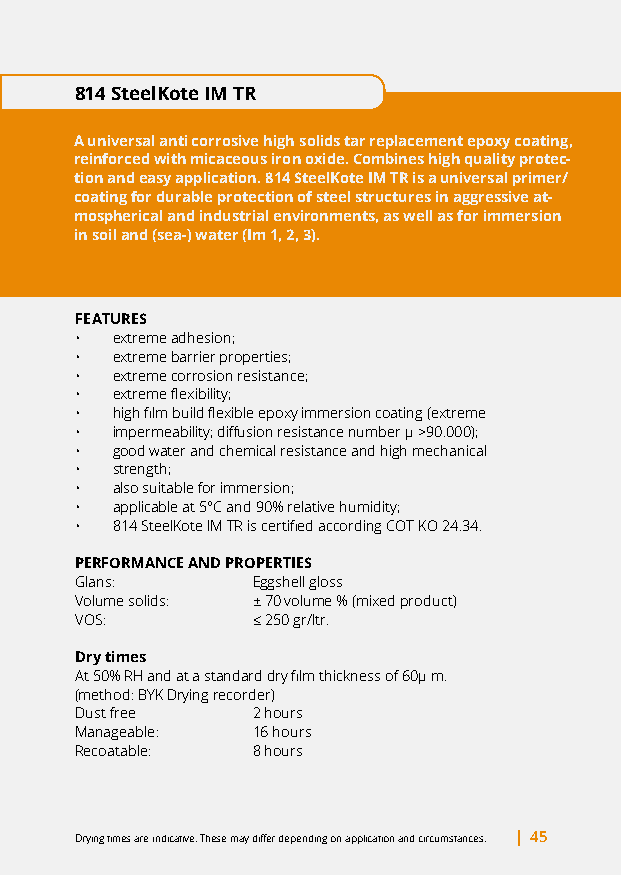
814 SteelKote IM TR
 A universal anti corrosive high solids tar replacement epoxy coating,
 reinforced with micaceous iron oxide. Combines high quality protec-
 tion and easy application. 814 SteelKote IM TR is a universal primer/
 coating for durable protection of steel structures in aggressive at-
 mospherical and industrial environments, as well as for immersion
 in soil and (sea-) water (Im 1, 2, 3).
 FEATURES
 • extreme adhesion;
 • extreme barrier properties;
 • extreme corrosion resistance;
 • extreme flexibility;
 • high film build flexible epoxy immersion coating (extreme
 • impermeability; diffusion resistance number μ >90.000);
 • good water and chemical resistance and high mechanical
 • strength;
 • also suitable for immersion;
 • applicable at 5°C and 90% relative humidity;
 • 814 SteelKote IM TR is certified according COT KO 24.34.
 PERFORMANCE AND PROPERTIES
 Glans:      Eggshell gloss
 Volume solids: ± 70 volume % (mixed product)
 VOS:        ≤ 250 gr/ltr.
 Dry times
 At 50% RH and at a standard dry film thickness of 60μ m.
 (method: BYK Drying recorder)
 Dust free   2 hours
 Manageable: 16 hours
 Recoatable: 8 hours
 Drying times are indicative. These may differ depending on application and circumstances. | 45